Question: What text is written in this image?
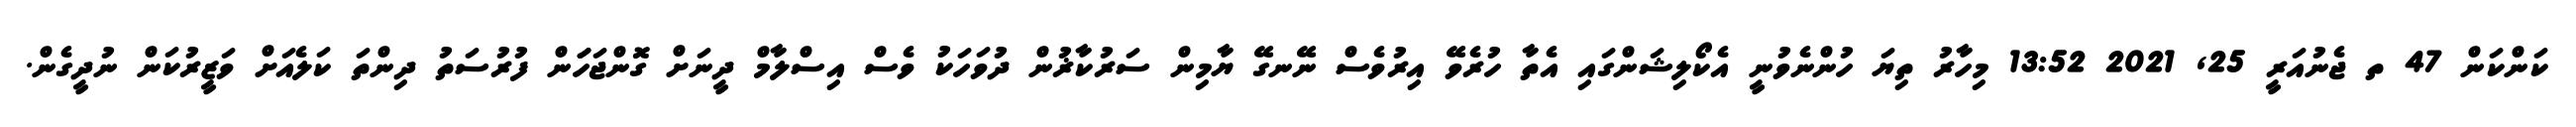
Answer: ކަންކަން 47 ތ ޖެނުއަރީ 25, 2021 13:52 މިހާރު ތިޔަ ހުންނެވުނީ އެކޯލިޝަންގައި އެތާ ހުރެވޭ އިރުވެސް ނޭނގޭ ޔާމިން ސަރުކާޜުން ދުވަހަކު ވެސް އިސްލާމް ދީނަށް ގޮންޖަހަަން ފުރުސަތު ދިންތަ ކަލެއަށް ވަޒީރުކަން ނުދީގެން.